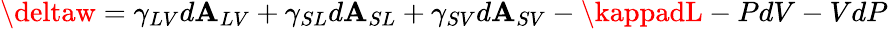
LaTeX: \deltaw=\gamma_{LV}d\mathbf{A}_{LV}+\gamma_{SL}d\mathbf{A}_{SL}+\gamma_{SV}d\mathbf{A}_{SV}-\kappadL-PdV-VdP